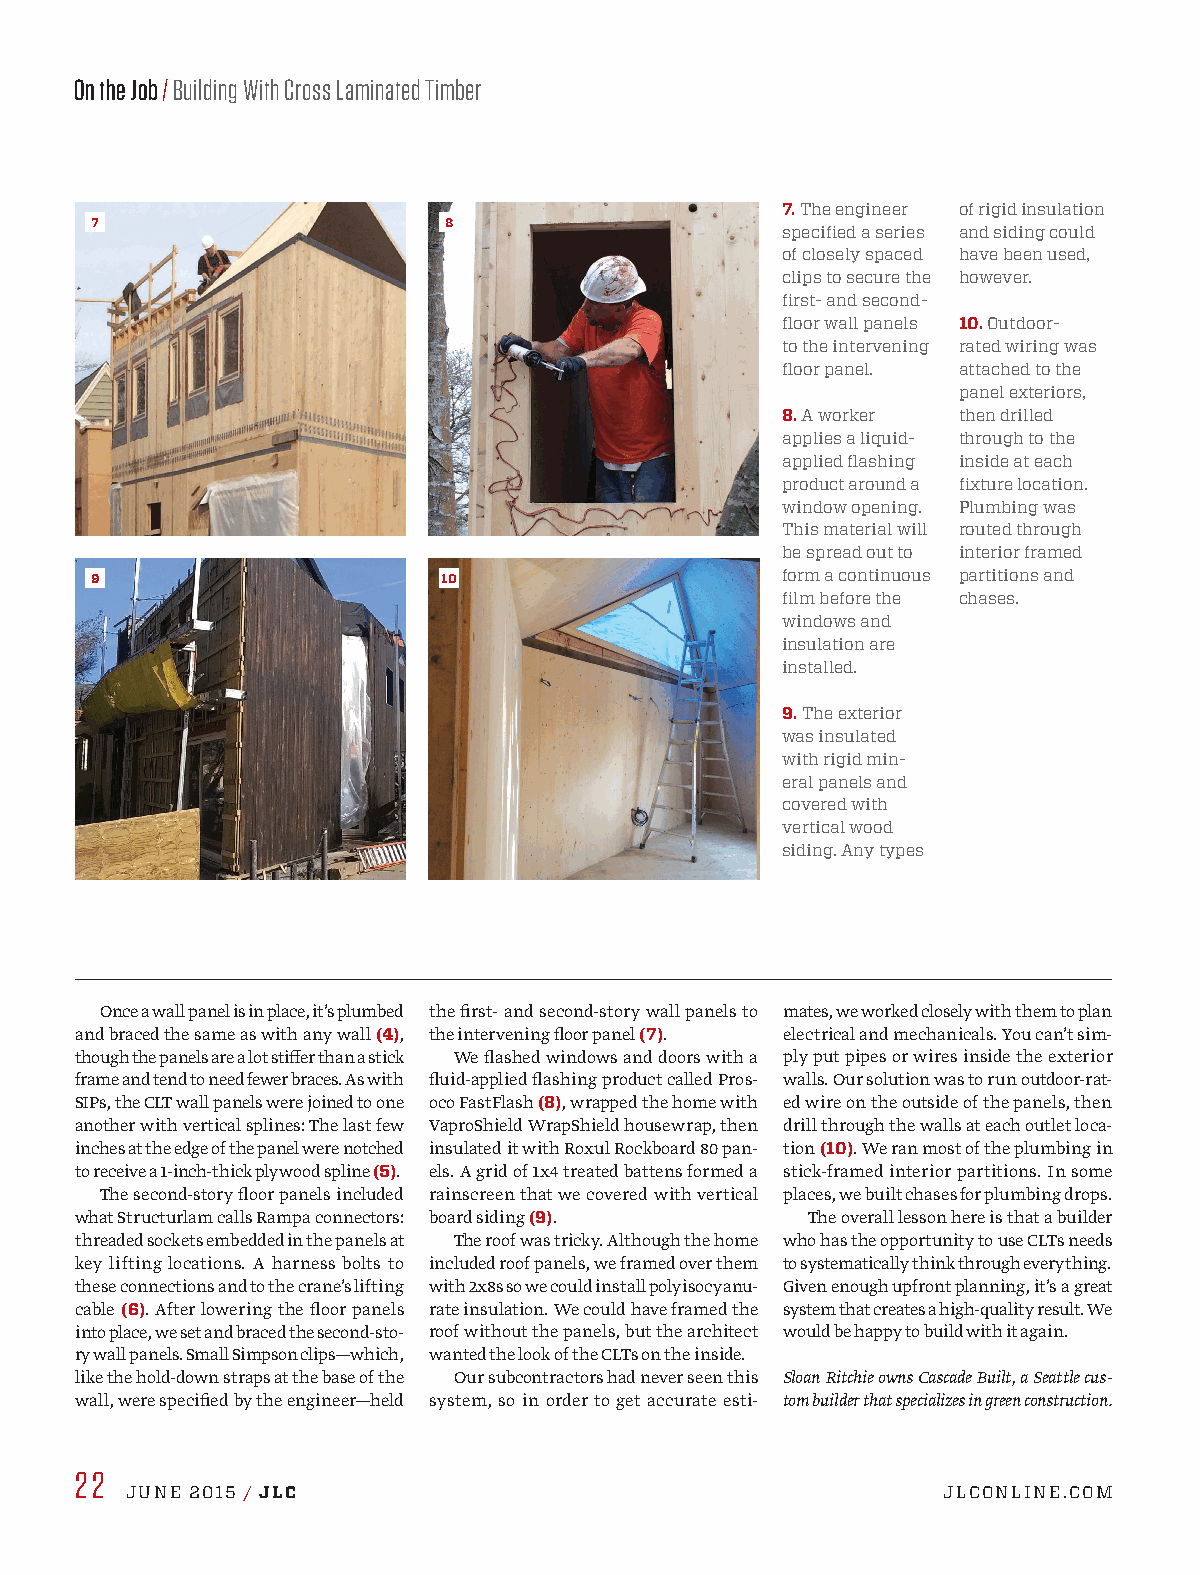
On the Job / Building With Cross Laminated Timber
 7. The engineer of rigid insulation
 7                      8
 specified a series and siding could
 of closely spaced have been used,
 clips to secure the however.
 first- and second-
 floor wall panels 10. Outdoor-
 to the intervening rated wiring was
 floor panel. attached to the
 panel exteriors,
 8. A worker then drilled
 applies a liquid- through to the
 applied flashing inside at each
 product around a fixture location.
 window opening. Plumbing was
 This material will routed through
 be spread out to interior framed
 9                      10                     form a continuous partitions and
 film before the chases.
 windows and
 insulation are
 installed.
 9. The exterior
 was insulated
 with rigid min-
 eral panels and
 covered with
 vertical wood
 siding. Any types
 Once a wall panel is in place, it’s plumbed the first- and second-story wall panels to mates, we worked closely with them to plan
 and braced the same as with any wall (4), the intervening floor panel (7). electrical and mechanicals. You can’t sim-
 though the panels are a lot stiffer than a stick We flashed windows and doors with a ply put pipes or wires inside the exterior
 frame and tend to need fewer braces. As with fluid-applied flashing product called Pros- walls. Our solution was to run outdoor-rat-
 SIPs, the CLT wall panels were joined to one oco FastFlash (8), wrapped the home with ed wire on the outside of the panels, then
 another with vertical splines: The last few VaproShield WrapShield housewrap, then drill through the walls at each outlet loca-
 inches at the edge of the panel were notched insulated it with Roxul Rockboard 80 pan- tion (10). We ran most of the plumbing in
 to receive a 1-inch-thick plywood spline (5). els. A grid of 1x4 treated battens formed a stick-framed interior partitions. In some
 The second-story floor panels included rainscreen that we covered with vertical places, we built chases for plumbing drops.
 what Structurlam calls Rampa connectors: board siding (9). The overall lesson here is that a builder
 threaded sockets embedded in the panels at The roof was tricky. Although the home who has the opportunity to use CLTs needs
 key lifting locations. A harness bolts to included roof panels, we framed over them to systematically think through everything.
 these connections and to the crane’s lifting with 2x8s so we could install polyisocyanu- Given enough upfront planning, it’s a great
 cable (6). After lowering the floor panels rate insulation. We could have framed the system that creates a high-quality result. We
 into place, we set and braced the second-sto- roof without the panels, but the architect would be happy to build with it again.
 ry wall panels. Small Simpson clips—which, wanted the look of the CLTs on the inside.
 like the hold-down straps at the base of the Our subcontractors had never seen this Sloan Ritchie owns Cascade Built, a Seattle cus-
 wall, were specified by the engineer—held system, so in order to get accurate esti- tom builder that specializes in green construction.
 22
 JUNE 2015 / JLC                                       JLCONLINE.COM